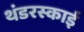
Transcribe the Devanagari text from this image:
थंडरस्काई